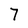
Character: 7